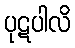
ပုဋပါလိ